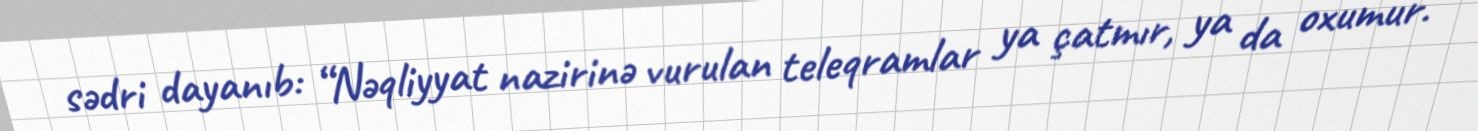
sədri dayanıb: “Nəqliyyat nazirinə vurulan teleqramlar ya çatmır, ya da oxumur.